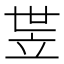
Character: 𬔛